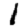
Digit: 1